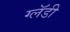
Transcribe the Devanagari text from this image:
ग्लॅडी